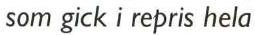
som gick i repris hela